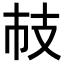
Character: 𢺷